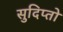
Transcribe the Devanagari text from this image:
सुदिप्तो